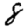
Digit: 8